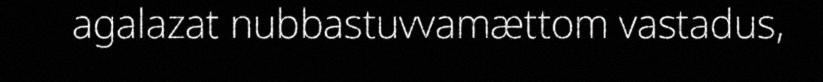
agalazat nubbastuvvamættom vastadus,